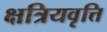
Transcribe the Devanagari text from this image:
क्षत्रियवृत्ति